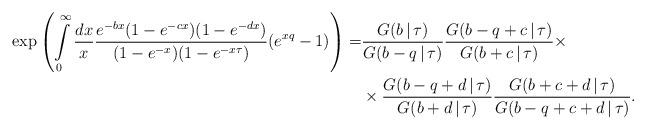
LaTeX: \begin{align*}\exp\left(\int\limits_0^\infty\frac{dx}{x}\frac{e^{-bx}(1-e^{-cx})(1-e^{-dx})}{(1-e^{-x})(1-e^{-x\tau})}(e^{xq}-1)\right) = &\frac{G(b\,|\,\tau)}{G(b-q\,|\,\tau)}\frac{G(b-q+c\,|\,\tau)}{G(b+c\,|\,\tau)}\times \\&\times \frac{G(b-q+d\,|\,\tau)}{G(b+d\,|\,\tau)}\frac{G(b+c+d\,|\,\tau)}{G(b-q+c+d\,|\,\tau)}.\end{align*}